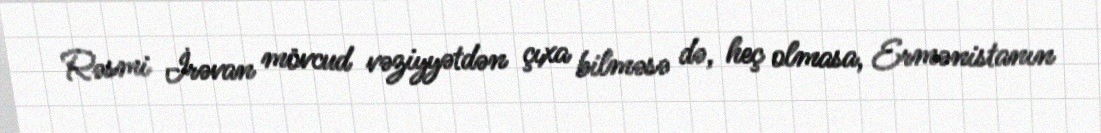
Rəsmi İrəvan mövcud vəziyyətdən çıxa bilməsə də, heç olmasa, Ermənistanın